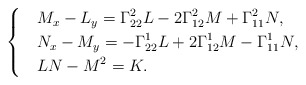
\begin{align*}\begin{cases} &\displaystyle M_x-L_y=\Gamma^2_{22}L-2\Gamma^2_{12}M+\Gamma^2_{11}N,\\ &\displaystyle N_x-M_y=-\Gamma^1_{22}L+2\Gamma^1_{12}M-\Gamma^1_{11}N,\\ &\displaystyle LN-M^2=K.\end{cases}\end{align*}